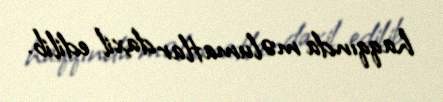
haqqında məlumatlar daxil edilib.